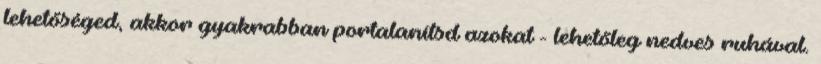
lehetőséged, akkor gyakrabban portalanítsd azokat - lehetőleg nedves ruhával.